Annual report of the Punjab Veterinary College and of the Civil Veterinary Department, Punjab - 1894-1908
Year: 1894
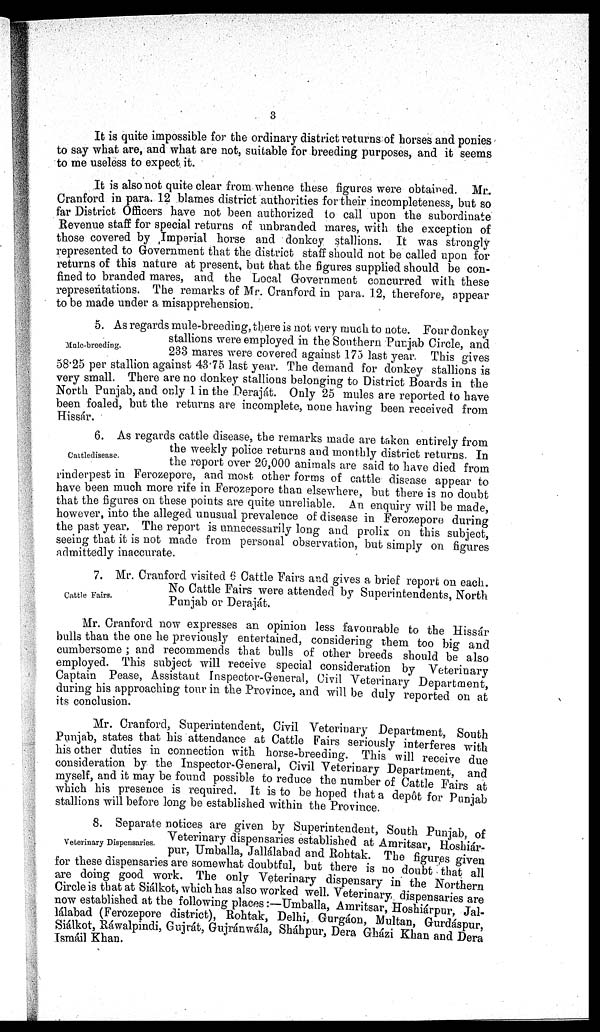
3
It is quite impossible for the ordinary district returns of horses and ponies
to say what are, and what are not, suitable for breeding purposes, and it seems
to me useless to expect it.
It is also not quite clear from whence these figures were obtained. Mr.
Cranford in para. 12 blames district authorities for their incompleteness, but so
far District Officers have not been authorized to call upon the subordinate
Revenue staff for special returns of unbranded mares, with the exception of
those covered by Imperial horse and donkey stallions. It was strongly
represented to Government that the district staff should not be called upon for
returns of this nature at present, but that the figures supplied should be con-
fined to branded mares, and the Local Government concurred with these
representations. The remarks of Mr. Cranford in para. 12, therefore, appear
to be made under a misapprehension.
Mule-breeding.
5. As regards mule-breeding, there is not very much to note. Four donkey
stallions were employed in the Southern Punjab Circle, and
233 mares were covered against 175 last year. This gives
58.25 per stallion against 43.75 last year. The demand for donkey stallions is
very small. There are no donkey stallions belonging to District Boards in the
North Punjab, and only 1 in the Deraját. Only 25 mules are reported to have
been foaled, but the returns are incomplete, none having been received from
Hissár.
Cattledisease.
6. As regards cattle disease, the remarks made are taken entirely from
the weekly police returns and monthly district returns. In
the report over 20,000 animals are said to have died from
rinderpest in Ferozepore, and most other forms of cattle disease appear to
have been much more rife in Ferozepore than elsewhere, but there is no doubt
that the figures on these points are quite unreliable. An enquiry will be made
however, into the alleged unusual prevalence of disease in Ferozepore during
the past year. The report is unnecessarily long and prolix on this subject,
seeing that it is not made from personal observation, but simply on figures
admittedly inaccurate.
Cattle Fairs.
7. Mr. Cranford visited 6 Cattle Fairs and gives a brief report on each.
No Cattle Fairs were attended by Superintendents, North
Punjab or Deraját.
Mr. Cranford now expresses an opinion less favourable to the Hissár
bulls than the one he previously entertained, considering them too big and
cumbersome; and recommends that bulls of other breeds should be also
employed. This subject will receive special consideration by Veterinary
Captain Pease, Assistant Inspector-General, Civil Veterinary Department,
during his approaching tour in the Province, and will be duly reported on at
its conclusion.
Mr. Cranford, Superintendent, Civil Veterinary Department, South
Punjab, states that his attendance at Cattle Fairs seriously interferes with
his other duties in connection with horse-breeding. This will receive due
consideration by the Inspector-General, Civil Veterinary Department, and
myself, and it may be found possible to reduce the number of Cattle Fairs at
which his presence is required. It is to be hoped that a depôt for Punjab
stallions will before long be established within the
Province.
Veterinary Dispensaries.
8. Separate notices are given by Superintendent, South Punjab, of
Veterinary dispensaries established at Amritsar, Hoshiár-
pur,
Umballa,
Jallálabad
and Rohtak. The figures given
for these dispensaries are somewhat doubtful, but there is no doubt that all
are doing good work. The only Veterinary dispensary in the Northern
Circle is that at Siálkot, which has also worked well. Veterinary dispensaries are
now established at the following p
lálabad (Ferozepore district), Roh
Siálkot, Ráwalpindi, Gujrát, Gujrá
Ismáil Khan.